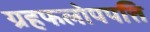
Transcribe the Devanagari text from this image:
ग्रहफलोपपत्ति